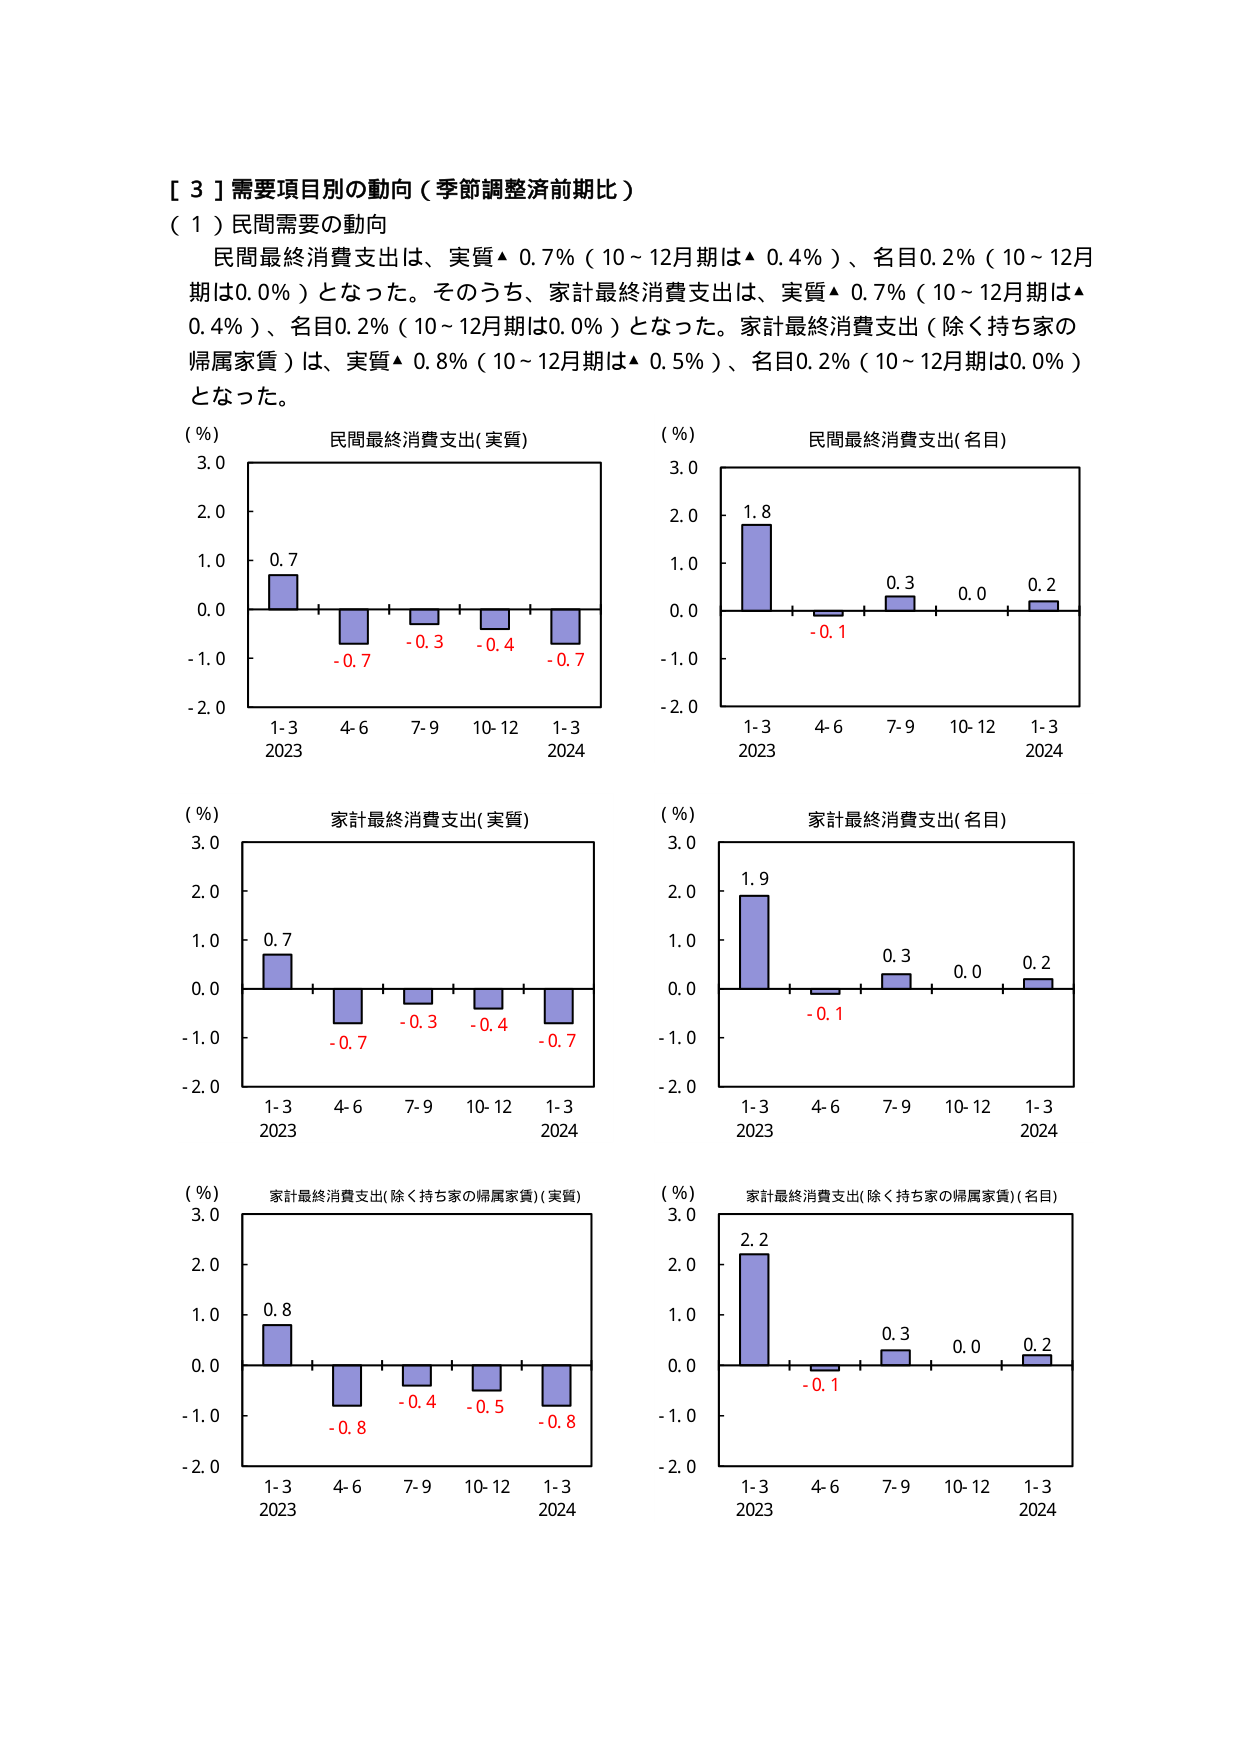
［３］需要項目別の動向（季節調整済前期比）

（１）民間需要の動向

民間最終消費支出は、実質▲ 0.7％（10～12月期は▲ 0.4％）、名目0.2％（10～12月期は0.0％）となった。そのうち、家計最終消費支出は、実質▲ 0.7％（10～12月期は▲ 0.4％）、名目0.2％（10～12月期は0.0％）となった。家計最終消費支出（除く持ち家の帰属家賃）は、実質▲ 0.8％（10～12月期は▲ 0.5％）、名目0.2％（10～12月期は0.0％）となった。

（％）
民間最終消費支出(実質)
3.0
2.0
1.0
0.0
-1.0
-2.0
0.7
-0.7
-0.3
-0.4
-0.7
1-3
2023
4-6
7-9
10-12
1-3
2024

（％）
民間最終消費支出(名目)
3.0
2.0
1.0
0.0
-1.0
-2.0
1.8
-0.1
0.3
0.0
0.2
1-3
2023
4-6
7-9
10-12
1-3
2024

（％）
家計最終消費支出(実質)
3.0
2.0
1.0
0.0
-1.0
-2.0
0.7
-0.7
-0.3
-0.4
-0.7
1-3
2023
4-6
7-9
10-12
1-3
2024

（％）
家計最終消費支出(名目)
3.0
2.0
1.0
0.0
-1.0
-2.0
1.9
-0.1
0.3
0.0
0.2
1-3
2023
4-6
7-9
10-12
1-3
2024

（％）
家計最終消費支出(除く持ち家の帰属家賃)(実質)
3.0
2.0
1.0
0.0
-1.0
-2.0
0.8
-0.8
-0.4
-0.5
-0.8
1-3
2023
4-6
7-9
10-12
1-3
2024

（％）
家計最終消費支出(除く持ち家の帰属家賃)(名目)
3.0
2.0
1.0
0.0
-1.0
-2.0
2.2
-0.1
0.3
0.0
0.2
1-3
2023
4-6
7-9
10-12
1-3
2024